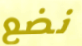
نضع